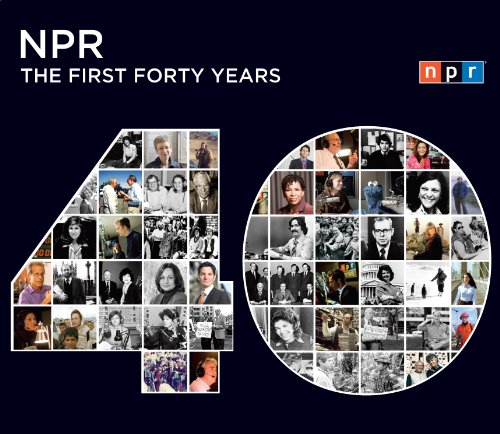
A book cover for NPR: The First Forty Years; NPR; Humor & Entertainment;